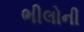
ભીલોની